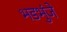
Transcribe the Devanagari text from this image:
भडभुंजे